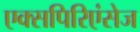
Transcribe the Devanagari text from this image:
एक्सपिरिएंसेज